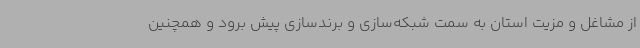
از مشاغل و مزیت استان به سمت شبکه‌سازی و برندسازی پیش برود و همچنین